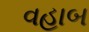
વહાબ